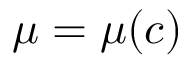
\mu = \mu ( c )